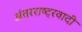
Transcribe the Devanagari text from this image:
अंतरराष्ट्रवादी